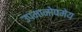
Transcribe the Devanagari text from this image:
उपमानोपमेय